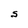
Character: S